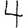
Digit: 4